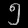
Digit: ၅